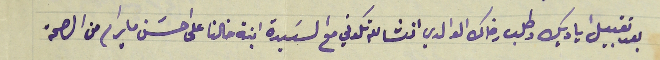
بعد تقبيل اياديك وطلب رضاك الوالدي انشالله تكوني مع السَيدة ابنة خالنا على احسَن ما يرام من الصحة